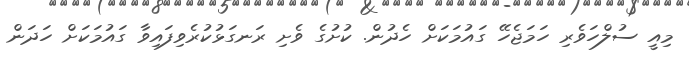
މިއީ ސުލްހަވެރި ހަމަޖެހޭ ގައުމަކަށް ހެދުން. ކުށުގެ ވެށި ރަނގަޅުކުރެވިފައިވާ ގައުމަކަށް ހަދަން